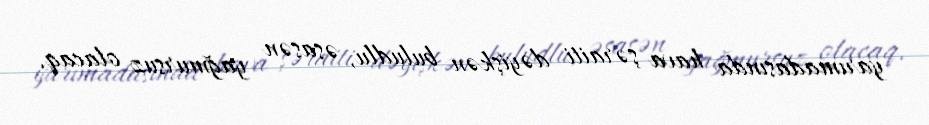
yarımadasında hava şəraiti dəyişkən buludlu, əsasən yağmursuz olacaq.